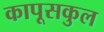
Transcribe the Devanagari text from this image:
कापूसकुल